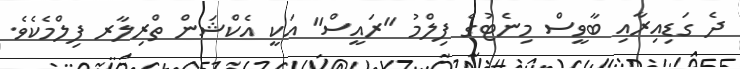
ދެ ގަޑިއިރާއި ބާވީސް މިނެޓުގެ ފިލްމު "ރައީސް" އަކީ އެކްޝަން ތްރިލާރ ފިލްމެކެވެ.